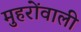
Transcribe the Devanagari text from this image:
मुहरोंवाली